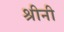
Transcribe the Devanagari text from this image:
श्रीनी